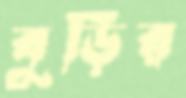
বুড়ির